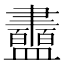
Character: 䀌